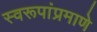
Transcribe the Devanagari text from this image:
स्वरूपांप्रमाणे